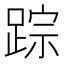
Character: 踪